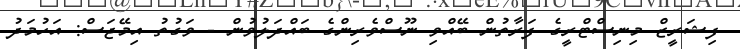
ފިޝަރީޒް މިނިސްޓްރީގެ ފަރާތުން ބޭއްވި ނޫސްވެރިންގެ ބައްދަލުވުން - ވަގުތު އިމޭޖަސް: އަހުމަދު